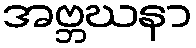
အဗ္ဘဃနာ